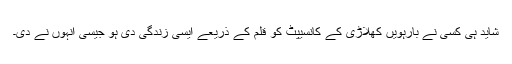
شاید ہی کسی نے بارہویں کھلاڑی کے کانسیپٹ کو قلم کے ذریعے ایسی زندگی دی ہو جیسی انہوں نے دی۔